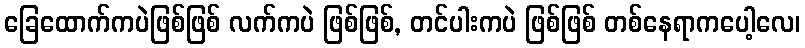
ခြေထောက်ကပဲဖြစ်ဖြစ် လက်ကပဲ ဖြစ်ဖြစ်, တင်ပါးကပဲ ဖြစ်ဖြစ် တစ်နေရာကပေါ့လေ၊